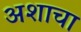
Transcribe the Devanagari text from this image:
अशाचा